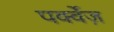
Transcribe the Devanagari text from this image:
पर्क्वेज़